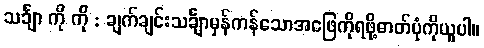
သင်္ချာ ကို ကို : ချက်ချင်းသင်္ချာမှန်ကန်သောအဖြေကိုရဖို့ဓာတ်ပုံကိုယူပါ။